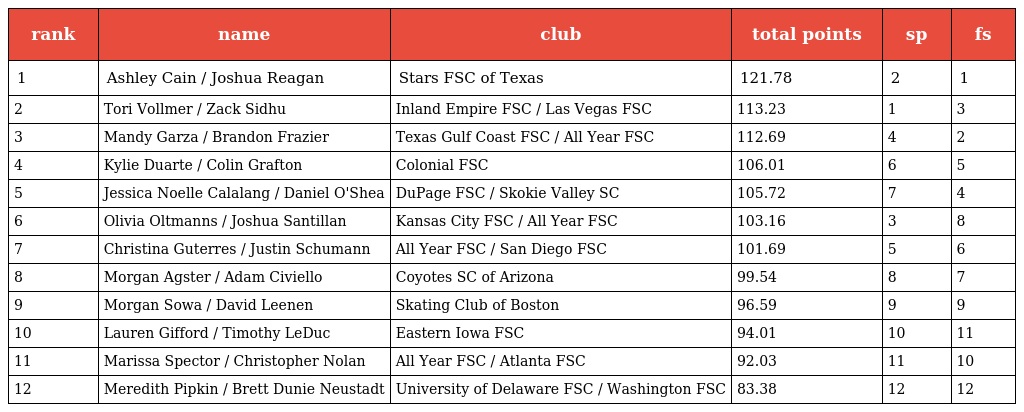
| rank | name | club | total points | sp | fs |
 | --- | --- | --- | --- | --- | --- |
 | 1 | Ashley Cain / Joshua Reagan | Stars FSC of Texas | 121.78 | 2 | 1 |
 | 2 | Tori Vollmer / Zack Sidhu | Inland Empire FSC / Las Vegas FSC | 113.23 | 1 | 3 |
 | 3 | Mandy Garza / Brandon Frazier | Texas Gulf Coast FSC / All Year FSC | 112.69 | 4 | 2 |
 | 4 | Kylie Duarte / Colin Grafton | Colonial FSC | 106.01 | 6 | 5 |
 | 5 | Jessica Noelle Calalang / Daniel O'Shea | DuPage FSC / Skokie Valley SC | 105.72 | 7 | 4 |
 | 6 | Olivia Oltmanns / Joshua Santillan | Kansas City FSC / All Year FSC | 103.16 | 3 | 8 |
 | 7 | Christina Guterres / Justin Schumann | All Year FSC / San Diego FSC | 101.69 | 5 | 6 |
 | 8 | Morgan Agster / Adam Civiello | Coyotes SC of Arizona | 99.54 | 8 | 7 |
 | 9 | Morgan Sowa / David Leenen | Skating Club of Boston | 96.59 | 9 | 9 |
 | 10 | Lauren Gifford / Timothy LeDuc | Eastern Iowa FSC | 94.01 | 10 | 11 |
 | 11 | Marissa Spector / Christopher Nolan | All Year FSC / Atlanta FSC | 92.03 | 11 | 10 |
 | 12 | Meredith Pipkin / Brett Dunie Neustadt | University of Delaware FSC / Washington FSC | 83.38 | 12 | 12 |